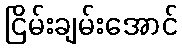
ငြိမ်းချမ်းအောင်